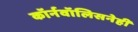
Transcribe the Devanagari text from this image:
कॉर्नवॉलिसनेही